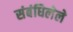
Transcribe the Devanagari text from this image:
संबंधिलेले